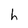
Character: h